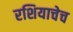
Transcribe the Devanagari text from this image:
रशियाचेच